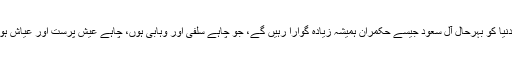
اس لیے خطے میں شیعہ غلبہ وتسلط کے مقابلے میں سنی دنیا کو بہرحال آل سعود جیسے حکمران ہمیشہ زیادہ گوارا رہیں گے، جو چاہے سلفی اور وہابی ہوں، چاہے عیش پرست اور عیاش ہوں اور چاہے جابر ومستبد ہوں، بہرحال سنی اور عرب ہیں۔